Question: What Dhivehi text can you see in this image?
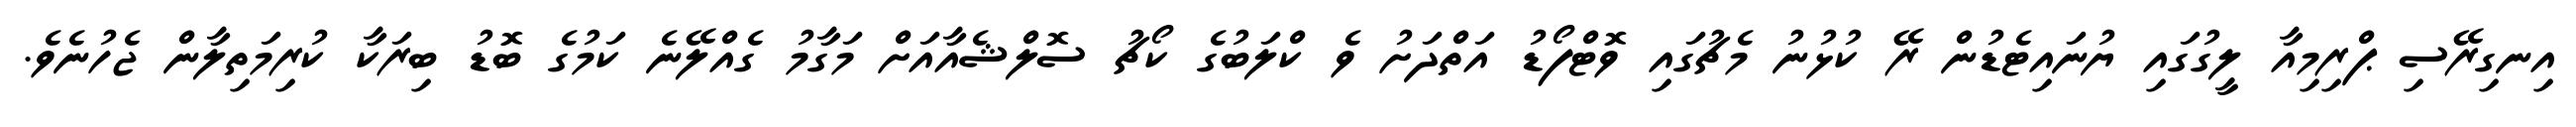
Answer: އިނގިރޭސި ޕްރިމިއާ ލީގުގައި ޔުނައިޓެޑުން ރޭ ކުޅުނު މެޗުގައި ވޮޓްފޯޑު އަތްދަށު ވެ ކްލަބުގެ ކޯޗު ސޮލްޝެއާއަށް މަގާމު ގެއްލޭނެ ކަމުގެ ބޮޑު ބިރަކާ ކުރިމަތިލާން ޖެހުނެވެ.